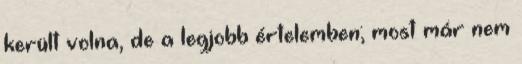
került volna, de a legjobb értelemben; most már nem